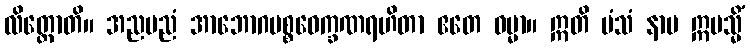
လိတ္တောတိ။ အညမညံ အာဘောဂပစ္စဝေက္ခဏရဟိတာ ဧတေ ဓမ္မာ။ ဣတိ မံသံ နာမ ဣမသ္မိံ